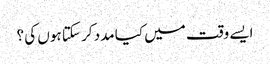
ایسے وقت میں کیا مدد کر سکتا ہوں کی ؟